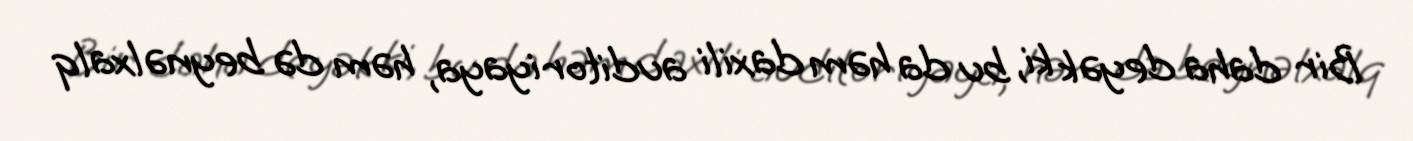
Bir daha deyək ki, bu da həm daxili auditoriyaya, həm də beynəlxalq